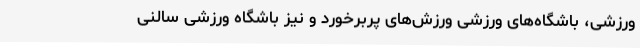
ورزشی، باشگاه‌های ورزشی ورزش‌های پربرخورد و نیز باشگاه ورزشی سالنی